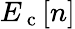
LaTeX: E_{\mathrm{~c~}}[n]